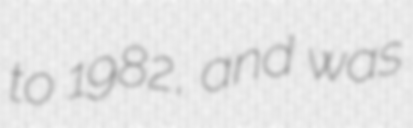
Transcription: to 1982, and was